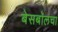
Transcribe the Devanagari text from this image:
बेसबॉलचा